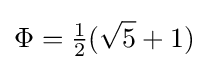
\Phi ={\tfrac {1}{2}}({\sqrt {5}}+1)